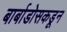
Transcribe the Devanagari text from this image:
बार्बाडोसकडून